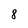
Character: 8